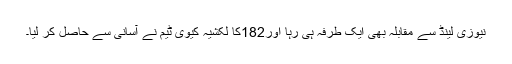
نیوزی لینڈ سے مقابلہ بھی ایک طرفہ ہی رہا اور182کا لکشیہ کیوی ٹیم نے آسانی سے حاصل کر لیا۔